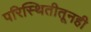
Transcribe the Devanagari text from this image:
परिस्थितीतूनही